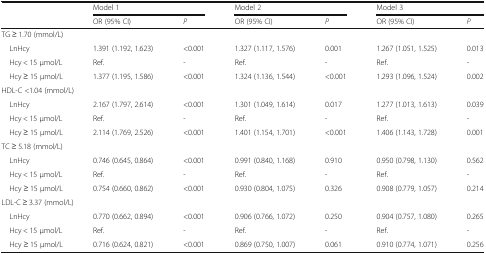
<table><thead><tr><td rowspan="2"></td><td colspan="2"><b>Model 1</b></td><td colspan="2"><b>Model 2</b></td><td colspan="2"><b>Model 3</b></td></tr><tr><td><b>OR (95% CI)</b></td><td><b><i>P</i></b></td><td><b>OR (95% CI)</b></td><td><b><i>P</i></b></td><td><b>OR (95% CI)</b></td><td><b><i>P</i></b></td></tr></thead><tbody><tr><td colspan="7">TG ≥ 1.70 (mmol/L)</td></tr><tr><td> LnHcy</td><td>1.391 (1.192, 1.623)</td><td>&lt;0.001</td><td>1.327 (1.117, 1.576)</td><td>0.001</td><td>1.267 (1.051, 1.525)</td><td>0.013</td></tr><tr><td> Hcy &lt; 15 μmol/L</td><td>Ref.</td><td>-</td><td>Ref.</td><td>-</td><td>Ref.</td><td>-</td></tr><tr><td> Hcy ≥ 15 μmol/L</td><td>1.377 (1.195, 1.586)</td><td>&lt;0.001</td><td>1.324 (1.136, 1.544)</td><td>&lt;0.001</td><td>1.293 (1.096, 1.524)</td><td>0.002</td></tr><tr><td colspan="7">HDL-C &lt;1.04 (mmol/L)</td></tr><tr><td> LnHcy</td><td>2.167 (1.797, 2.614)</td><td>&lt;0.001</td><td>1.301 (1.049, 1.614)</td><td>0.017</td><td>1.277 (1.013, 1.613)</td><td>0.039</td></tr><tr><td> Hcy &lt; 15 μmol/L</td><td>Ref.</td><td>-</td><td>Ref.</td><td>-</td><td>Ref.</td><td>-</td></tr><tr><td> Hcy ≥ 15 μmol/L</td><td>2.114 (1.769, 2.526)</td><td>&lt;0.001</td><td>1.401 (1.154, 1.701)</td><td>&lt;0.001</td><td>1.406 (1.143, 1.728)</td><td>0.001</td></tr><tr><td colspan="7">TC ≥ 5.18 (mmol/L)</td></tr><tr><td> LnHcy</td><td>0.746 (0.645, 0.864)</td><td>&lt;0.001</td><td>0.991 (0.840, 1.168)</td><td>0.910</td><td>0.950 (0.798, 1.130)</td><td>0.562</td></tr><tr><td> Hcy &lt; 15 μmol/L</td><td>Ref.</td><td>-</td><td>Ref.</td><td>-</td><td>Ref.</td><td>-</td></tr><tr><td> Hcy ≥ 15 μmol/L</td><td>0.754 (0.660, 0.862)</td><td>&lt;0.001</td><td>0.930 (0.804, 1.075)</td><td>0.326</td><td>0.908 (0.779, 1.057)</td><td>0.214</td></tr><tr><td colspan="7">LDL-C ≥ 3.37 (mmol/L)</td></tr><tr><td> LnHcy</td><td>0.770 (0.662, 0.894)</td><td>&lt;0.001</td><td>0.906 (0.766, 1.072)</td><td>0.250</td><td>0.904 (0.757, 1.080)</td><td>0.265</td></tr><tr><td> Hcy &lt; 15 μmol/L</td><td>Ref.</td><td>-</td><td>Ref.</td><td>-</td><td>Ref.</td><td>-</td></tr><tr><td> Hcy ≥ 15 μmol/L</td><td>0.716 (0.624, 0.821)</td><td>&lt;0.001</td><td>0.869 (0.750, 1.007)</td><td>0.061</td><td>0.910 (0.774, 1.071)</td><td>0.256</td></tr></tbody></table>